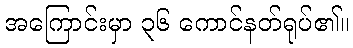
အကြောင်းမှာ ၃၆ ကောင်နတ်ရုပ်၏။